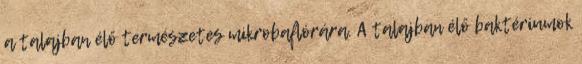
a talajban élő természetes mikrobaflórára. A talajban élő baktériumok